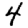
Digit: 4